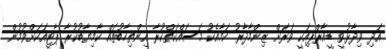
އަދި ވިދާޅުވީ ޑީއާރްޕިއަކީ ވަރަށް ޒިންމާދާރު ކަމާއެކު މަސައްކަތްކުރާ އިންތިހާބުތައް ކާމިޔާބުކުރާ ޕާޓީއަކަށްވުމުން